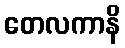
တေလကာနိ